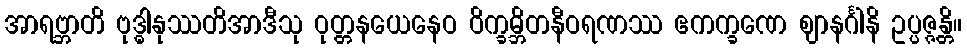
အာရဗ္ဘာတိ ဗုဒ္ဓါနုဿတိအာဒီသု ဝုတ္တနယေနေဝ ဝိက္ခမ္ဘိတနီဝရဏဿ ဧကက္ခဏေ ဈာနင်္ဂါနိ ဥပ္ပဇ္ဇန္တိ။